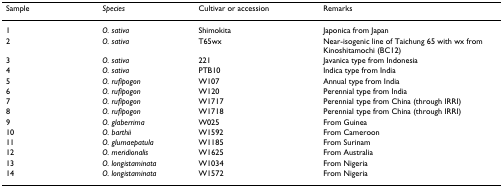
<table><thead><tr><td><b>Sample</b></td><td><b><i>Species</i></b></td><td><b>Cultivar or accession</b></td><td><b>Remarks</b></td></tr></thead><tbody><tr><td>1</td><td><i>O. sativa</i></td><td>Shimokita</td><td>Japonica from Japan</td></tr><tr><td>2</td><td><i>O. sativa</i></td><td>T65wx</td><td>Near-isogenic line of Taichung 65 with wx from Kinoshitamochi (BC12)</td></tr><tr><td>3</td><td><i>O. sativa</i></td><td>221</td><td>Javanica type from Indonesia</td></tr><tr><td>4</td><td><i>O. sativa</i></td><td>PTB10</td><td>Indica type from India</td></tr><tr><td>5</td><td><i>O. rufipogon</i></td><td>W107</td><td>Annual type from India</td></tr><tr><td>6</td><td><i>O. rufipogon</i></td><td>W120</td><td>Perennial type from India</td></tr><tr><td>7</td><td><i>O. rufipogon</i></td><td>W1717</td><td>Perennial type from China (through IRRI)</td></tr><tr><td>8</td><td><i>O. rufipogon</i></td><td>W1718</td><td>Perennial type from China (through IRRI)</td></tr><tr><td>9</td><td><i>O. glaberrima</i></td><td>W025</td><td>From Guinea</td></tr><tr><td>10</td><td><i>O. barthii</i></td><td>W1592</td><td>From Cameroon</td></tr><tr><td>11</td><td><i>O. glumaepatula</i></td><td>W1185</td><td>From Surinam</td></tr><tr><td>12</td><td><i>O. meridionalis</i></td><td>W1625</td><td>From Australia</td></tr><tr><td>13</td><td><i>O. longistaminata</i></td><td>W1034</td><td>From Nigeria</td></tr><tr><td>14</td><td><i>O. longistaminata</i></td><td>W1572</td><td>From Nigeria</td></tr></tbody></table>